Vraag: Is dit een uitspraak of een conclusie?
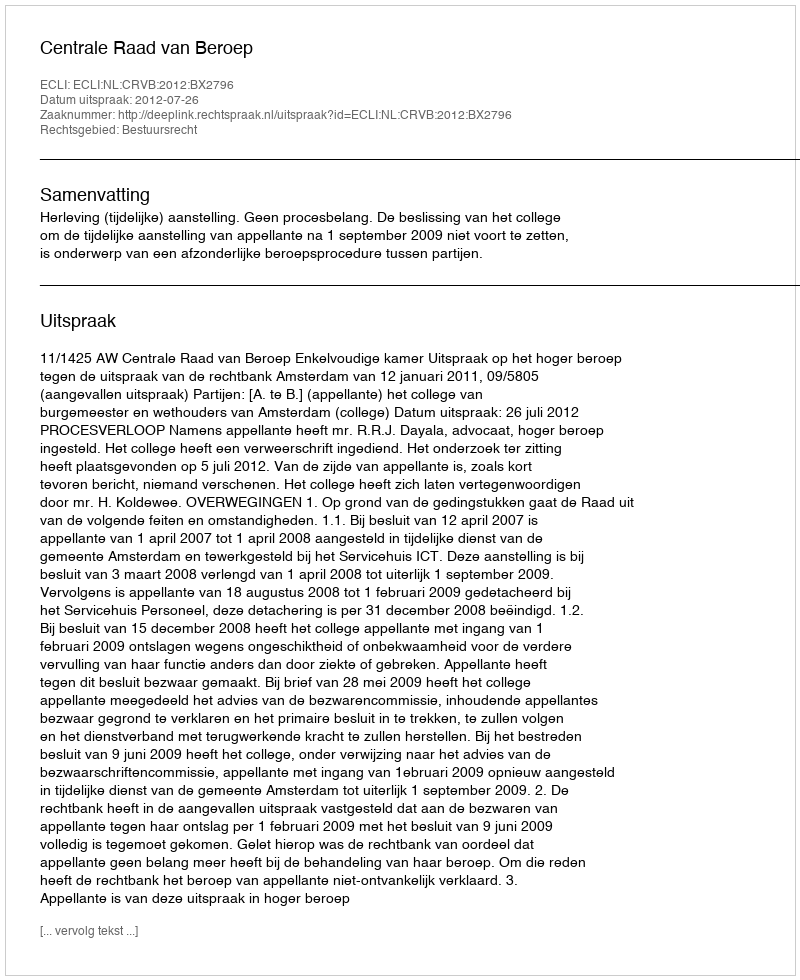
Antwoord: Uitspraak